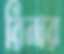
রিনার